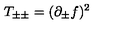
\: T _ { \pm \pm } = ( \partial _ { \pm } f ) ^ { 2 } \: